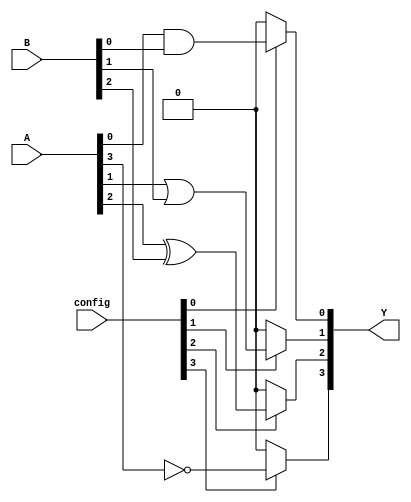
module CLB (
    input wire [3:0] A,        // 4-bit input
    input wire [3:0] B,        // 4-bit input
    input wire [3:0] config,   // Configuration input for BLEs
    output wire [3:0] Y        // 4-bit output
);

// Basic Logic Element (BLE) instantiation
wire [3:0] ble_out;

// BLE 0: AND operation
assign ble_out[0] = (config[0]) ? (A[0] & B[0]) : 1'b0;

// BLE 1: OR operation
assign ble_out[1] = (config[1]) ? (A[1] | B[1]) : 1'b0;

// BLE 2: XOR operation
assign ble_out[2] = (config[2]) ? (A[2] ^ B[2]) : 1'b0;

// BLE 3: NOT operation
assign ble_out[3] = (config[3]) ? ~A[3] : 1'b0;

// Output logic combining BLE outputs
assign Y = ble_out;

endmodule